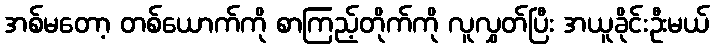
အစ်မတော့ တစ်ယောက်ကို စာကြည့်တိုက်ကို လူလွှတ်ပြီး အယူခိုင်းဦးမယ်